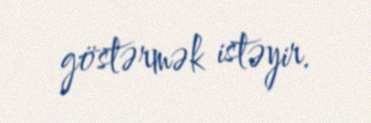
göstərmək istəyir.